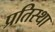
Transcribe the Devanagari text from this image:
प्रतिस्था